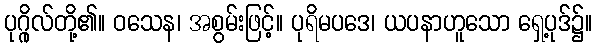
ပုဂ္ဂိုလ်တို့၏။ ဝသေန၊ အစွမ်းဖြင့်။ ပုရိမပဒေ၊ ယပနာဟူသော ရှေ့ပုဒ်၌။